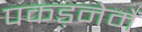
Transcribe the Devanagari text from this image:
पकड़नेमें